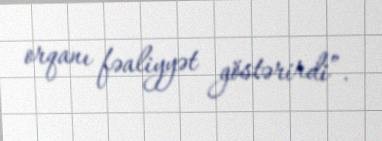
orqanı fəaliyyət göstərirdi”.